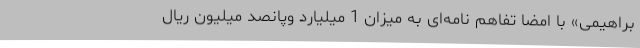
براهیمی» با امضا تفاهم نامه‌ای به میزان 1 میلیارد وپانصد میلیون ریال